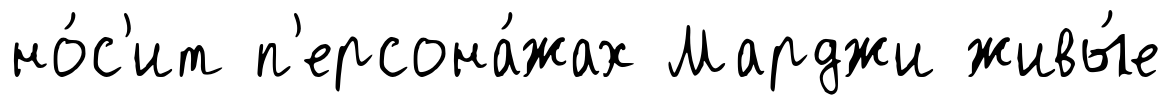
но́с'ит п'ерсона́жах Марджи живы́е